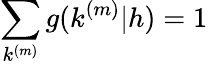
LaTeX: \sum_{k^{(m)}}g(k^{(m)}|h)=1